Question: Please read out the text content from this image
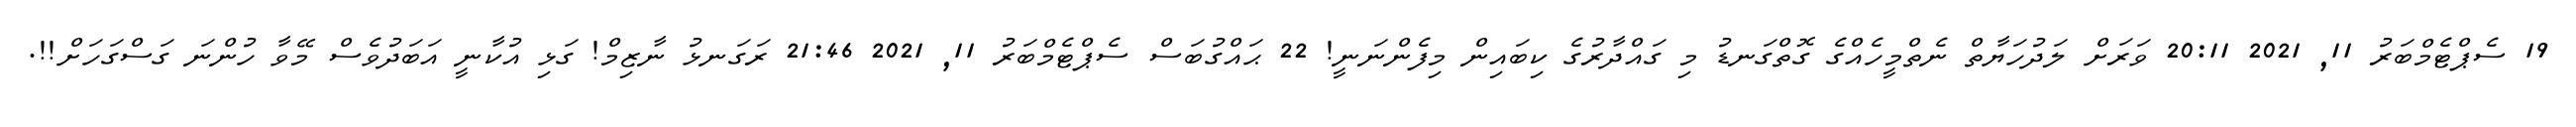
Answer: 19 ސެޕްޓެމްބަރު 11, 2021 20:11 ވަރަށް ލަދުހަޔާތް ނެތްމީހެއްގެ ގޮތްގަނޑު މި ގައްދާރުގެ ކިބައިން މިފެންނަނީ! 22 ޙައްގުބަސް ސެޕްޓެމްބަރު 11, 2021 21:46 ރަގަނޅު ނާޒިމް! ގަޅި އުކާނީ އަބަދުވެސް މޭވާ ހުންނަ ގަސްގަހަށް!!.